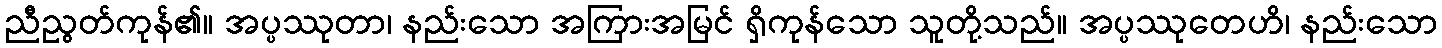
ညီညွတ်ကုန်၏။ အပ္ပဿုတာ၊ နည်းသော အကြားအမြင် ရှိကုန်သော သူတို့သည်။ အပ္ပဿုတေဟိ၊ နည်းသော